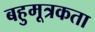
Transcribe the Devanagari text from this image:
बहुमूत्रकता